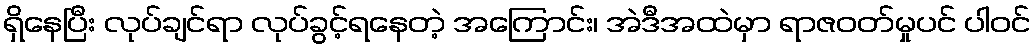
ရှိနေပြီး လုပ်ချင်ရာ လုပ်ခွင့်ရနေတဲ့ အကြောင်း၊ အဲဒီအထဲမှာ ရာဇဝတ်မှုပင် ပါဝင်